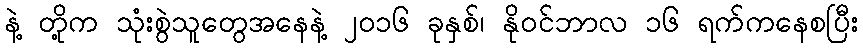
နဲ့ တို့က သုံးစွဲသူတွေအနေနဲ့ ၂၀၁၆ ခုနှစ်၊ နိုဝင်ဘာလ ၁၆ ရက်ကနေစပြီး